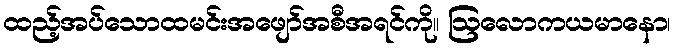
ထည့်အပ်သောထမင်းအဖျော်အစီအရင်ကို။ ဩလောကယမာနော၊